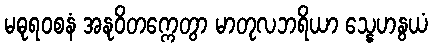
မဓုရဝစနံ အနုဝိတက္ကေတွာ မာတုလဘရိယာ သ္နေဟနွယံ